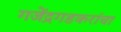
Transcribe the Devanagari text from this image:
गजेंद्रगडकरांचा